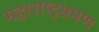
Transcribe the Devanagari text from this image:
महाराष्ट्रभ्रमण